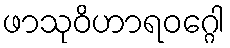
ဖာသုဝိဟာရဝဂ္ဂေါ